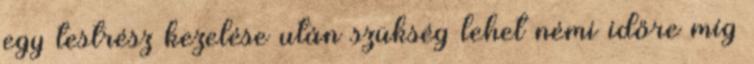
egy testrész kezelése után szükség lehet némi időre míg